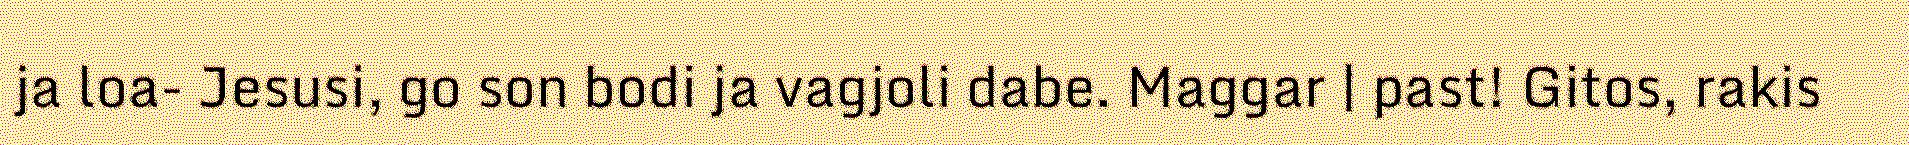
ja loa- Jesusi, go son bodi ja vagjoli dabe. Maggar | past! Gitos, rakis